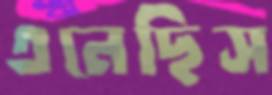
এনেছিস